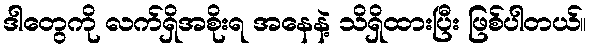
ဒါတွေကို လက်ရှိအစိုးရ အနေနဲ့ သိရှိထားပြီး ဖြစ်ပါတယ်။